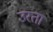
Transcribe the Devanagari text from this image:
उरता